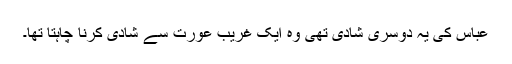
عباس کی یہ دوسری شادی تھی وہ ایک غریب عورت سے شادی کرنا چاہتا تھا۔